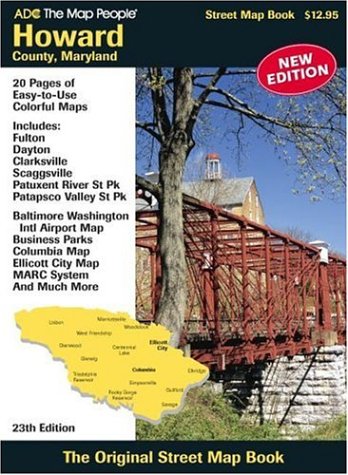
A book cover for Howard County MD Atlas; Adc The Map People; Travel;